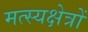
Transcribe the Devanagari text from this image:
मत्स्यक्षेत्रों